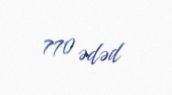
770 ədəd